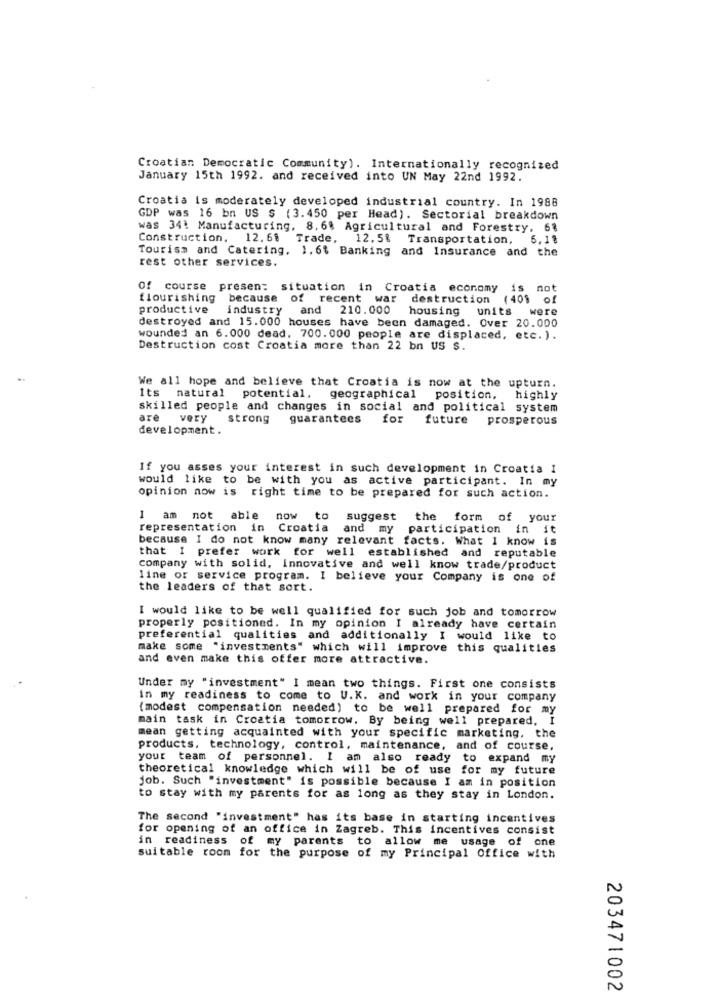
Croatian Democratic Community). Internationally recognized
January 15th 1992. and received into UN May 22nd 1992.
Croatia is moderately developed industrial country. In 1988
GDP was 16 bn US $ (3.450 per Head). Sectorial breakdown
was 341 Manufacturing, 8,6% Agricultural and Forestry, 6%
Construction. 12.68 Trade, 12.5%
Transportation,
6,11
Tourism and Catering, 1.6% Banking and Insurance and the
rest other services.
of course
presen: situation in Croatia economy is
not
flourishing because of recent war
destruction (401
of
productive
industry
and 210.000
housing units
were
destroyed and 15.000 houses have been damaged. Over 20.000
wounded an 6.000 dead, 700.000 people are displaced, etc. ).
Destruction cost Croatia more than 22 bn US $.
We all hope and believe that Croatia is now at the upturn.
Its natural potential, geographical position, highly
skilled people and changes in social and political system
are
very strong
guarantees for
future prosperous
development.
If you asses your interest in such development in Croatia I
would like to be with you as active participant. In my
opinion now is right time to be prepared for such action.
1 am not able now to
suggest the form of your
representation in Croatia and my participation in it
because I do not know many relevant facts. What I know is
that I prefer work for well established and reputable
company with solid, innovative and well know trade/product
line of service program. I believe your Company is one of
the leaders of that sort.
I would like to be well qualified for such job and tomorrow
properly positioned. In my opinion I already have certain
preferential qualities and additionally I would like to
make some "investments" which will improve this qualities
and even make this offer more attractive.
Under my "investment" I mean two things. First one consists
in my readiness to come to U.K. and work in your company
(modest compensation needed) to be well prepared for my
main task in Croatia tomorrow. By being well prepared, I
mean getting acquainted with your specific marketing, the
products, technology, control, maintenance, and of course,
your team of personnel. I am also ready to expand my
theoretical knowledge which will be of use for my future
job. Such "investment" is possible because I am in position
to stay with my parents for as long as they stay in London.
The second "investment" has its base in starting incentives
for opening of an office in Zagreb. This incentives consist
in readiness of my parents to allow me usage of one
suitable room for the purpose of my Principal Office with
203471002